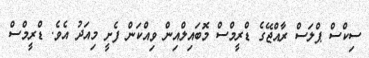
ސިކްސް ޕްލަސް ރާއްޖޭގެ ޑްރީމްސް މޮބައިލްއިން ވިއްކަން ފެށީ މިއަދު އެވެ. ޑްރީމްސް